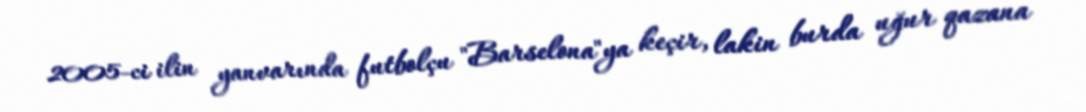
2005-ci ilin yanvarında futbolçu "Barselona"ya keçir, lakin burda uğur qazana